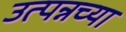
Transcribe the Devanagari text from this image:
उत्पन्नच्या